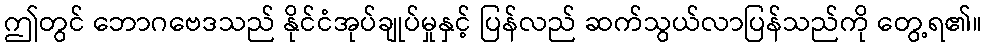
ဤတွင် ဘောဂဗေဒသည် နိုင်ငံအုပ်ချုပ်မှုနှင့် ပြန်လည် ဆက်သွယ်လာပြန်သည်ကို တွေ့ရ၏။